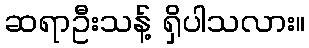
ဆရာဦးသန့် ရှိပါသလား။